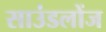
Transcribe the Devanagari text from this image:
साउंडलोंज